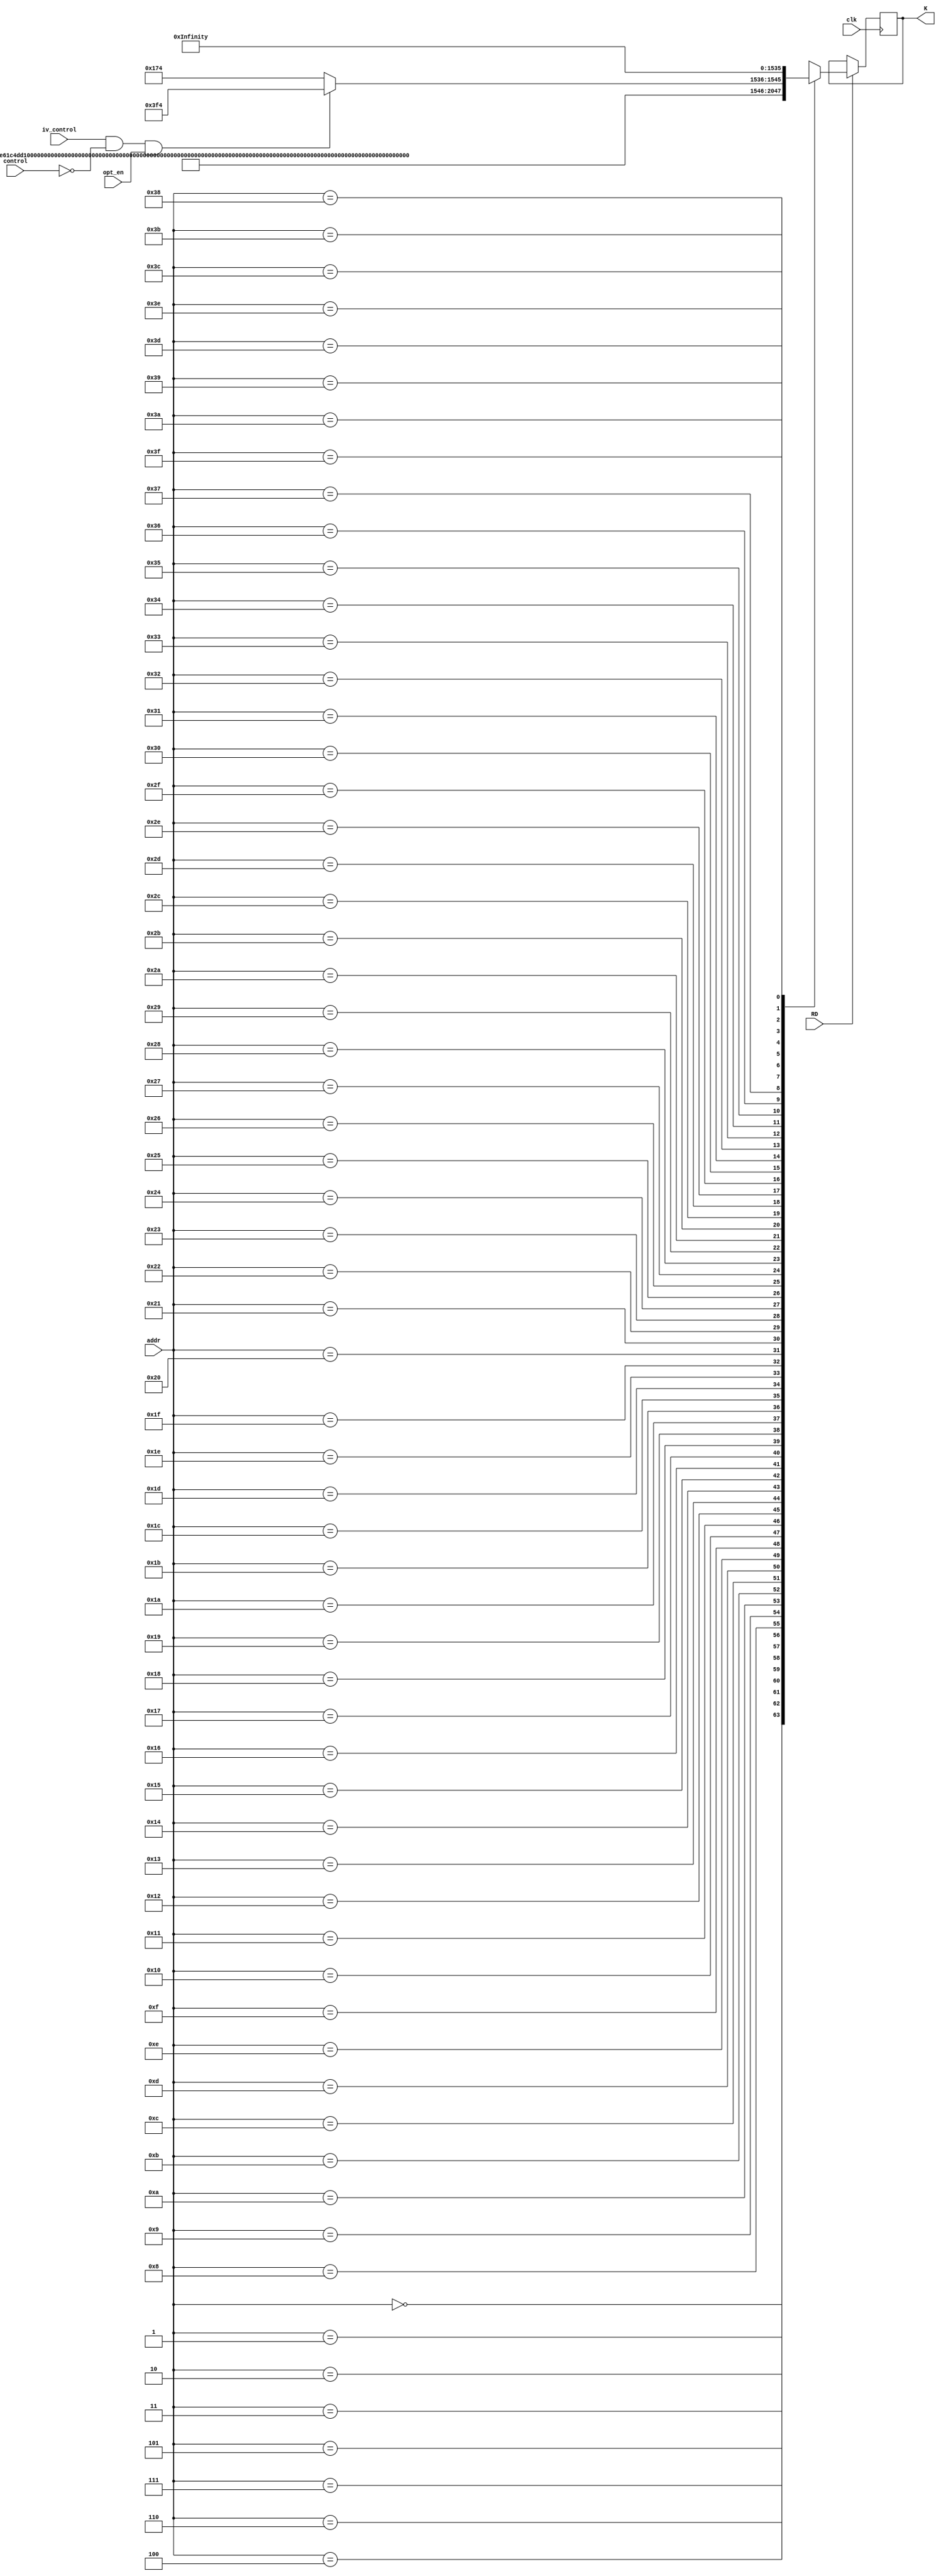
module rom(clk, K, RD, addr, iv_control, control, opt_en);

input clk;
input RD;
input [5:0] addr;
input opt_en;
input iv_control;
input [1:0] control; 
output reg [31:0] K;

wire [31:0] k_opt;
assign k_opt = (iv_control && control == 2'b00 && opt_en) ? 32'hc19bf3f4 : 32'hc19bf174;   
always @(posedge clk) begin
	if (RD) begin
		case (addr)
		    6'd0    : K <= 32'h428a2f98; 
		    6'd1    : K <= 32'h71374491; 
		    6'd2    : K <= 32'hb5c0fbcf; 
		    6'd3    : K <= 32'he9b5dba5; 
		    6'd4    : K <= 32'h3956c25b; 
		    6'd5    : K <= 32'h59f111f1; 
		    6'd6    : K <= 32'h923f82a4; 
		    6'd7    : K <= 32'hab1c5ed5; 
		    6'd8    : K <= 32'hd807aa98; 
		    6'd9    : K <= 32'h12835b01; 
		    6'd10   : K <= 32'h243185be;
		    6'd11   : K <= 32'h550c7dc3;
		    6'd12   : K <= 32'h72be5d74;
		    6'd13   : K <= 32'h80deb1fe;
		    6'd14   : K <= 32'h9bdc06a7;
		    6'd15   : K <= k_opt;
		    6'd16   : K <= 32'he49b69c1;
		    6'd17   : K <= 32'hefbe4786;
		    6'd18   : K <= 32'h0fc19dc6;
		    6'd19   : K <= 32'h240ca1cc;
		    6'd20   : K <= 32'h2de92c6f;
		    6'd21   : K <= 32'h4a7484aa;
		    6'd22   : K <= 32'h5cb0a9dc;
		    6'd23   : K <= 32'h76f988da;
		    6'd24   : K <= 32'h983e5152;
		    6'd25   : K <= 32'ha831c66d;
		    6'd26   : K <= 32'hb00327c8;
		    6'd27   : K <= 32'hbf597fc7;
		    6'd28   : K <= 32'hc6e00bf3;
		    6'd29   : K <= 32'hd5a79147;
		    6'd30   : K <= 32'h06ca6351;
		    6'd31   : K <= 32'h14292967;
		    6'd32   : K <= 32'h27b70a85;
		    6'd33   : K <= 32'h2e1b2138;
		    6'd34   : K <= 32'h4d2c6dfc;
		    6'd35   : K <= 32'h53380d13;
		    6'd36   : K <= 32'h650a7354;
		    6'd37   : K <= 32'h766a0abb;
		    6'd38   : K <= 32'h81c2c92e;
		    6'd39   : K <= 32'h92722c85;
		    6'd40   : K <= 32'ha2bfe8a1;
		    6'd41   : K <= 32'ha81a664b;
		    6'd42   : K <= 32'hc24b8b70;
		    6'd43   : K <= 32'hc76c51a3;
		    6'd44   : K <= 32'hd192e819;
		    6'd45   : K <= 32'hd6990624;
		    6'd46   : K <= 32'hf40e3585;
		    6'd47   : K <= 32'h106aa070;
		    6'd48   : K <= 32'h19a4c116;
		    6'd49   : K <= 32'h1e376c08;
		    6'd50   : K <= 32'h2748774c;
		    6'd51   : K <= 32'h34b0bcb5;
		    6'd52   : K <= 32'h391c0cb3;
		    6'd53   : K <= 32'h4ed8aa4a;
		    6'd54   : K <= 32'h5b9cca4f;
		    6'd55   : K <= 32'h682e6ff3;
		    6'd56   : K <= 32'h748f82ee;
		    6'd57   : K <= 32'h78a5636f;
		    6'd58   : K <= 32'h84c87814;
		    6'd59   : K <= 32'h8cc70208;
		    6'd60   : K <= 32'h90befffa;
		    6'd61   : K <= 32'ha4506ceb;
		    6'd62   : K <= 32'hbef9a3f7;
		    6'd63   : K <= 32'hc67178f2;
		    default : K <= 32'h00000000;
	    	endcase
    	end
end

endmodule